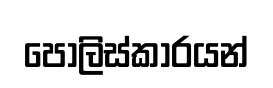
පොලිස්කාරයන්